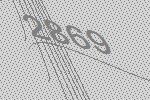
2869